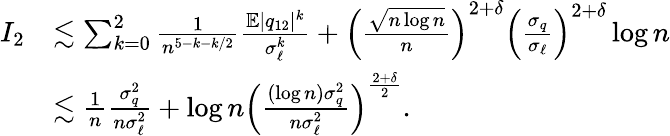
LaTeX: \begin{array}{rl}{I_{2}}&{\lesssim\sum_{k=0}^{2}\frac{1}{n^{5-k-k/2}}\frac{\mathbb{E}|q_{12}|^{k}}{\sigma_{\ell}^{k}}+\left(\frac{\sqrt{n\log n}}{n}\right)^{2+\delta}\left(\frac{\sigma_{q}}{\sigma_{\ell}}\right)^{2+\delta}\log n}\\ &{\lesssim\frac{1}{n}\frac{\sigma_{q}^{2}}{n\sigma_{\ell}^{2}}+\log n\left(\frac{(\log n)\sigma_{q}^{2}}{n\sigma_{\ell}^{2}}\right)^{\frac{2+\delta}{2}}.}\end{array}